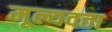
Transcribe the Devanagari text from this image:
मूल्यवत्ता